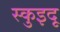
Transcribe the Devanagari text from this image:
स्कुइदू